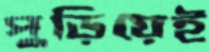
পুড়িয়েই